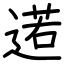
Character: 逽